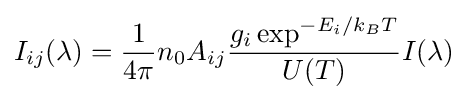
I_{ij}(\lambda )={\frac {1}{4\pi }}n_{0}A_{ij}{\frac {g_{i}\exp ^{-E_{i}/k_{B}T}}{U(T)}}I(\lambda )